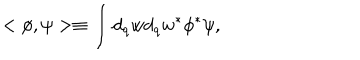
LaTeX: < \phi , \psi > \equiv \int _ { } ^ { } d _ { q } w d _ { q } w ^ { \ast } \phi ^ { \ast } \psi ,